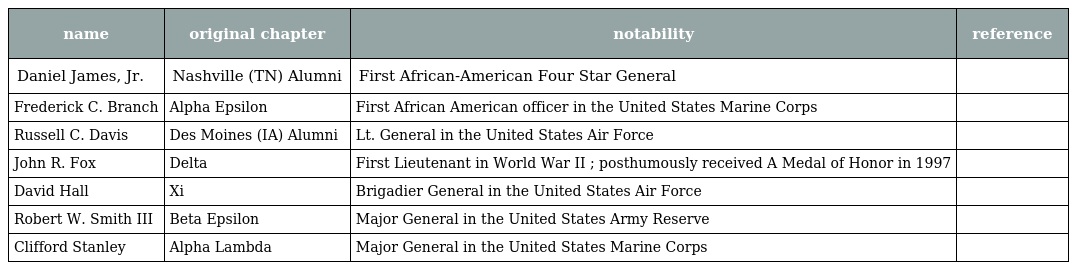
| name | original chapter | notability | reference |
 | --- | --- | --- | --- |
 | Daniel James, Jr. | Nashville (TN) Alumni | First African-American Four Star General |  |
 | Frederick C. Branch | Alpha Epsilon | First African American officer in the United States Marine Corps |  |
 | Russell C. Davis | Des Moines (IA) Alumni | Lt. General in the United States Air Force |  |
 | John R. Fox | Delta | First Lieutenant in World War II ; posthumously received A Medal of Honor in 1997 |  |
 | David Hall | Xi | Brigadier General in the United States Air Force |  |
 | Robert W. Smith III | Beta Epsilon | Major General in the United States Army Reserve |  |
 | Clifford Stanley | Alpha Lambda | Major General in the United States Marine Corps |  |